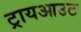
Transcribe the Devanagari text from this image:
ट्रायआउट